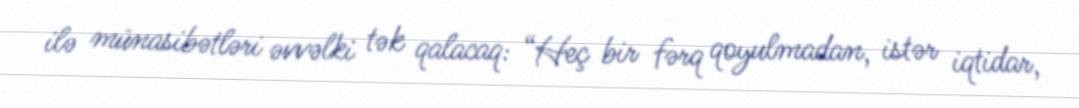
ilə münasibətləri əvvəlki tək qalacaq: “Heç bir fərq qoyulmadan, istər iqtidar,